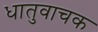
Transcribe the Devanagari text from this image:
धातुवाचक